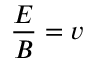
{ \frac { E } { B } } = v